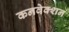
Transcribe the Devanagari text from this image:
कनवेक्शन